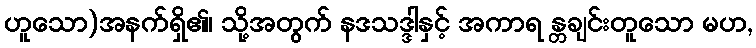
ဟူသော)အနက်ရှိ၏၊ သို့အတွက် နဒသဒ္ဒါနှင့် အကာရ န္တချင်းတူသော မဟ,